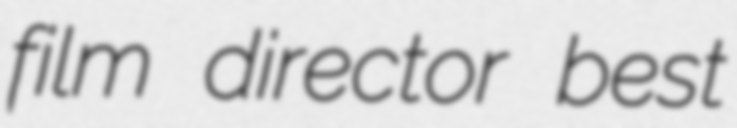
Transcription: film director best